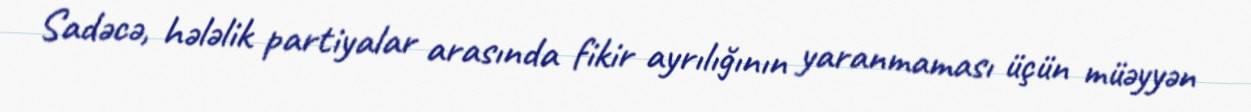
Sadəcə, hələlik partiyalar arasında fikir ayrılığının yaranmaması üçün müəyyən